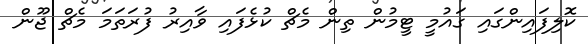
ކޮލިފައިންގައި ގައުމީ ޓީމުން ތިން މެޗް ކުޅެފައި ވާއިރު ފުރަތަމަ މެޗް ޖޫން